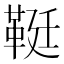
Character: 䩠